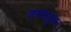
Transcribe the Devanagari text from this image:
तस्सवुफ़